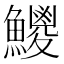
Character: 𩼕